Annual report on the working of the lock hospitals in the North-Western Provinces and Oudh
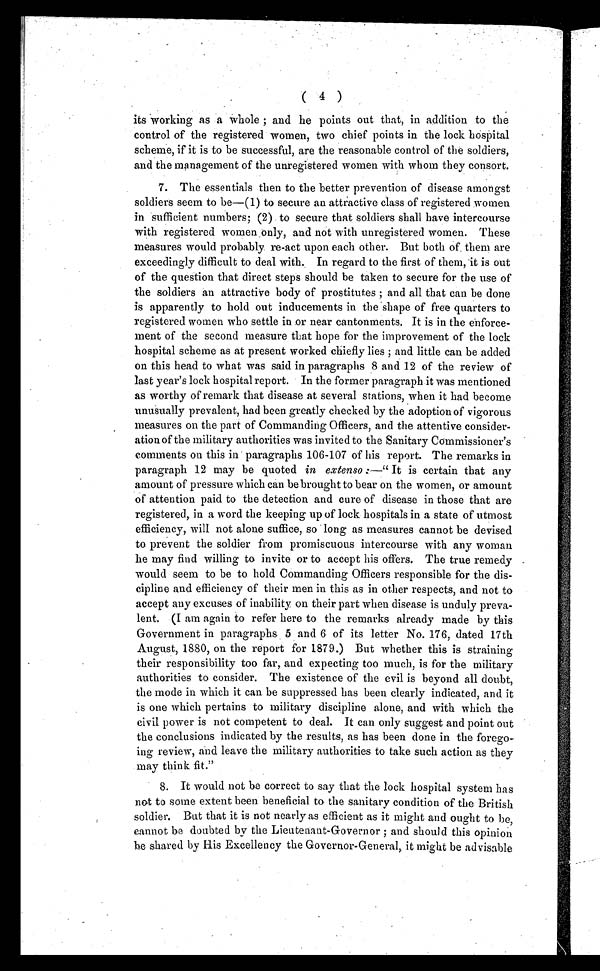
( 4 )
its working as a whole ; and he points out that, in addition to the
control of the registered women, two chief points in the lock hospital
scheme, if it is to be successful, are the reasonable control of the soldiers,
and the management of the unregistered women with whom they consort.
7. The essentials then to the better prevention of disease amongst
soldiers seem to be—(1) to secure an attractive class of registered women
in sufficient numbers; (2) to secure that soldiers shall have intercourse
with registered women only, and not with unregistered women. These
measures would probably re-act upon each other. But both of them are
exceedingly difficult to deal with. In regard to the first of them, it is out
of the question that direct steps should be taken to secure for the use of
the soldiers an attractive body of prostitutes ; and all that can be done
is apparently to hold out inducements in the shape of free quarters to
registered women who settle in or near cantonments. It is in the enforce-
ment of the second measure that hope for the improvement of the lock
hospital scheme as at present worked chiefly lies ; and little can be added
on this head to what was said in paragraphs 8 and 12 of the review of
last year's lock hospital report. In the former paragraph it was mentioned
as worthy of remark that disease at several stations, when it had become
unusually prevalent, had been greatly checked by the adoption of vigorous
measures on the part of Commanding Officers, and the attentive consider-
ation of the military authorities was invited to the Sanitary Commissioner's
comments on this in paragraphs 106-107 of his report. The remarks in
paragraph 12 may be quoted in extenso :—"It is certain that any
amount of pressure which can be brought to bear on the women, or amount
of attention paid to the detection and cure of disease in those that are
registered, in a word the keeping up of lock hospitals in a state of utmost
efficiency, will not alone suffice, so long as measures cannot be devised
to prevent the soldier from promiscuous intercourse with any woman
he may find willing to invite or to accept his offers. The true remedy
would seem to be to hold Commanding Officers responsible for the dis-
cipline and efficiency of their men in this as in other respects, and not to
accept any excuses of inability on their part when disease is unduly preva-
lent. (I am again to refer here to the remarks already made by this
Government in paragraphs 5 and 6 of its letter No. 176, dated 17th
August, 1880, on the report for 1879.) But whether this is straining
their responsibility too far, and expecting too much, is for the military
authorities to consider. The existence of the evil is beyond all doubt,
the mode in which it can be suppressed has been clearly indicated, and it
is one which pertains to military discipline alone, and with which the
civil power is not competent to deal. It can only suggest and point out
the conclusions indicated by the results, as has been done in the forego-
ing review, and leave the military authorities to take such action as they
may think fit."
8. It would not be correct to say that the lock hospital system has
not to some extent been beneficial to the sanitary condition of the British
soldier. But that it is not nearly as efficient as it might and ought to be,
cannot be doubted by the Lieutenant-Governor ; and should this opinion
be shared by His Excellency the Governor-General, it might be advisable